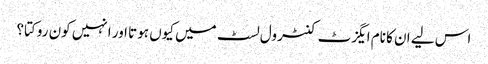
اس لیے ان کا نام ایگزٹ کنٹرول لسٹ میں کیوں ہوتا اور انہیں کون روکتا؟